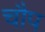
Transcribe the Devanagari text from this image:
चौप